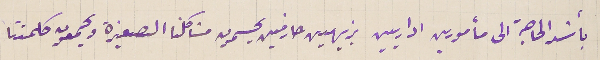
بأشد الحاجة الى مأمورين اداريين نبيهين حازمين يحسمون مشاكلنا الصغيرة ويجمعون كلمتنا